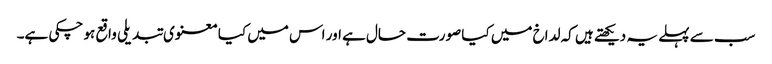
سب سے پہلے یہ دیکھتے ہیں کہ لداخ میں کیا صورت حال ہے اور اس میں کیا معنوی تبدیلی واقع ہو چکی ہے۔